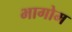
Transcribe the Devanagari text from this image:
भागोम